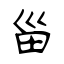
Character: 甾